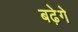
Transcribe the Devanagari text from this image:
बढ़ेगे